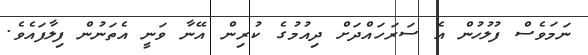
ނަމަވެސް ފުލުހުން އެ ސަރަހައްދަށް ދިއުމުގެ ކުރިން އޭނާ ވަނީ އެތަނުން ފިލާފައެވެ.